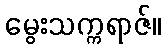
မွေးသက္ကရာဇ်။